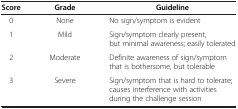
| Score | Grade | Guideline |
 | --- | --- | --- |
 | 0 | None | No sign/symptom is evident |
 | 1 | Mild | Sign/symptom clearly present, but minimal awareness; easily tolerated |
 | 2 | Moderate | Definite awareness of sign/symptom that is bothersome, but tolerable |
 | 3 | Severe | Sign/symptom that is hard to tolerate; causes interference with activities during the challenge session |